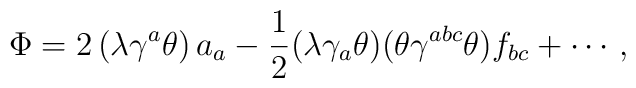
\Phi = 2\left( \lambda \gamma^{a}\theta \right) a_a -\frac{1}{2} ( \lambda \gamma_{a}\theta ) ( \theta \gamma^{abc}\theta ) f_{bc} + \cdots\, ,